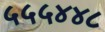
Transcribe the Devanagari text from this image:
५५५४४८